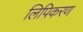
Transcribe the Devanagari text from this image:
लिपिकरण